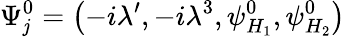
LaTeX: \Psi_{\mathit{j}}^{0}=\left(-i\lambda^{\prime},-i\lambda^{3},\psi_{H_{1}}^{0},\psi_{H_{2}}^{0}\right)